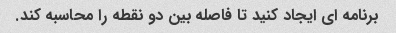
برنامه ای ایجاد کنید تا فاصله بین دو نقطه را محاسبه کند.